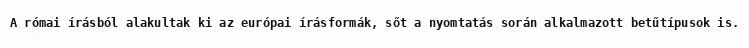
A római írásból alakultak ki az európai írásformák, sőt a nyomtatás során alkalmazott betűtípusok is.